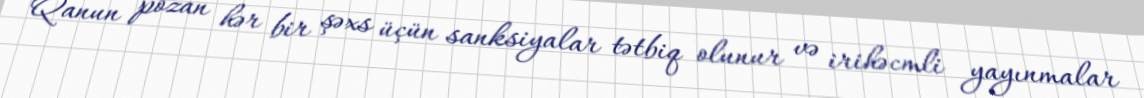
Qanun pozan hər bir şəxs üçün sanksiyalar tətbiq olunur və irihəcmli yayınmalar